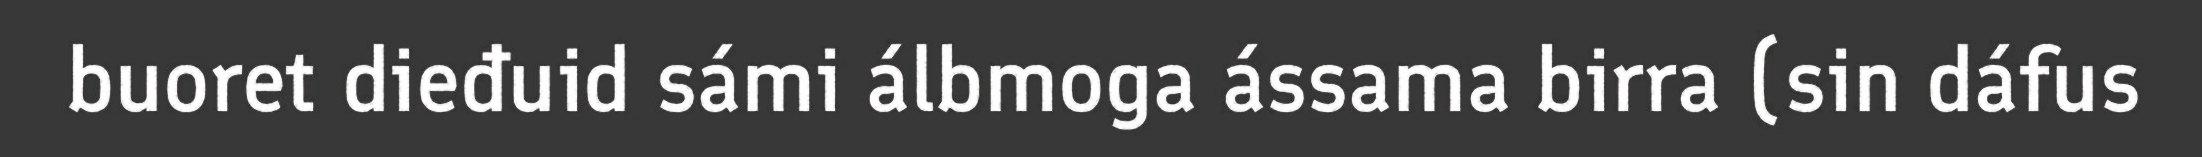
buoret dieđuid sámi álbmoga ássama birra (sin dáfus